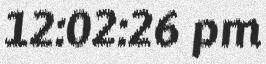
12:02:26 pm